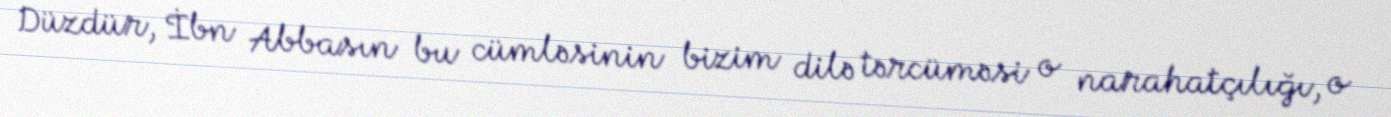
Düzdür, İbn Abbasın bu cümləsinin bizim dilə tərcüməsi o narahatçılığı, o